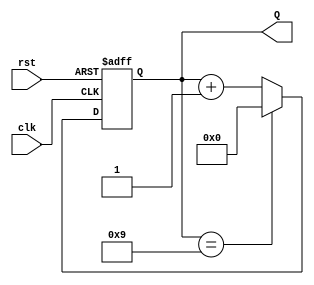
module decade_counter (
    input wire clk,        // Clock input
    input wire rst,        // Asynchronous reset
    output reg [3:0] Q     // 4-bit counter output
);

// Sequential logic for the decade counter
always @(posedge clk or posedge rst) begin
    if (rst) begin
        Q <= 4'b0000;      // Reset the counter to 0
    end else begin
        if (Q == 4'b1001)  // If counter is at 9
            Q <= 4'b0000;  // Reset to 0
        else
            Q <= Q + 1;    // Increment the counter
    end
end

endmodule